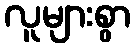
လူများစွာ